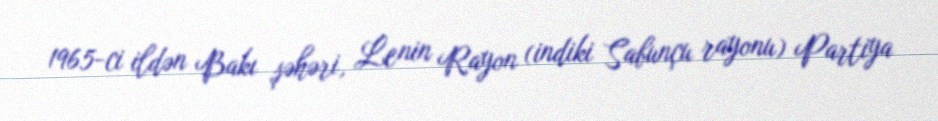
1965-ci ildən Bakı şəhəri, Lenin Rayon (indiki Sabunçu rayonu) Partiya